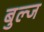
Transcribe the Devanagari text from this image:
बुल्ज